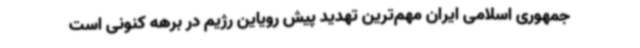
جمهوری اسلامی ایران مهم‌ترین تهدید پیش رویاین رژیم در برهه کنونی است